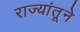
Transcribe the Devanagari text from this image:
राज्यांतूने